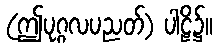
(ဤပုဂ္ဂလပညတ်) ပါဠိ၌။